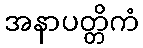
အနာပတ္တိကံ